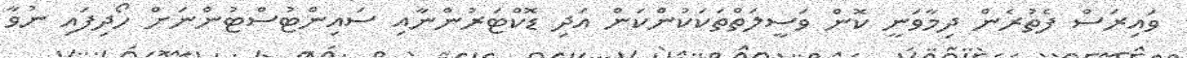
ވައިރަސް ފެތުރެން ދިމާވަނީ ކޮން ވަސީލަތްތަކަކުންކަން އަދި ޑޮކްޓަރުންނާއި ސައިންޓުސްޓުންނަށް ހޯދިފައި ނުވާ